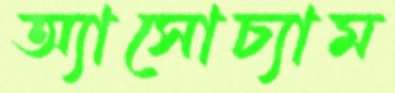
অ্যাসোচ্যাম